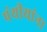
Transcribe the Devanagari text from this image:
पंथीयांना